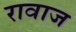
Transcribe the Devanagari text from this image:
रावाज